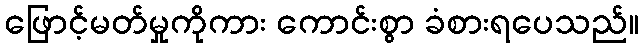
ဖြောင့်မတ်မှုကိုကား ကောင်းစွာ ခံစားရပေသည်။